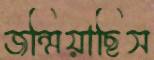
জন্মিয়াছিস